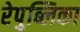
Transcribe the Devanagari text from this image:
रेपुब्लिका